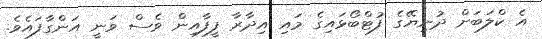
އެ ކްލަބަށް ދުނިޔޭގެ ފުޓްބޯޅައިގެ މައި އިދާރާ ފީފާއިން ވެސް ވަނީ އަންގާފައެވެ.